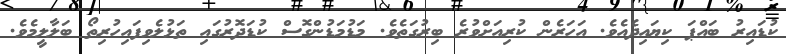
ކުޑައިރު ބައްޕަ ކިޔައިދެއެވެ. އަހަރެން ކުރިއަށްވުރެ ބިރުގަތެވެ. މަޑުމަޑުންގޮސް ކުޑަދޮރުގައި ތަޅުލެވިފައިހުރިތޯ ބަލާލީމެވެ.